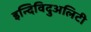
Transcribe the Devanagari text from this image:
इन्दिविदुअलिटी